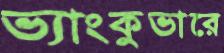
ভ্যাংকুভারে